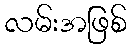
လမ်းအဖြစ်